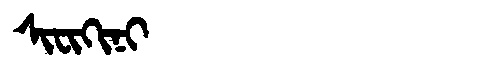
Manchu: ᠰᡳᠸᡳᡴᡳᠨᡳ
Romanization: SIFIKINI